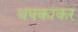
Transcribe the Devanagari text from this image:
थपकाकर